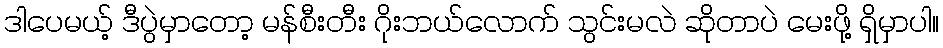
ဒါပေမယ့် ဒီပွဲမှာတော့ မန်စီးတီး ဂိုးဘယ်လောက် သွင်းမလဲ ဆိုတာပဲ မေးဖို့ ရှိမှာပါ။